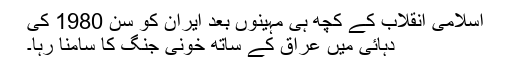
اسلامی انقلاب کے کچھ ہی مہینوں بعد ایران کو سن 1980 کی
دہائی میں عراق کے ساتھ خونی جنگ کا سامنا رہا۔